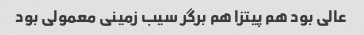
عالی بود هم پیتزا هم برگر سیب زمینی معمولی بود